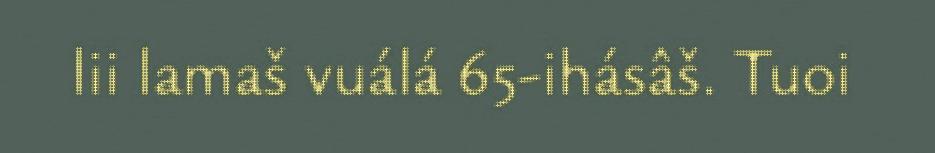
lii lamaš vuálá 65-ihásâš. Tuoi